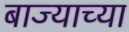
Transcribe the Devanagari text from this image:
बाज्याच्या